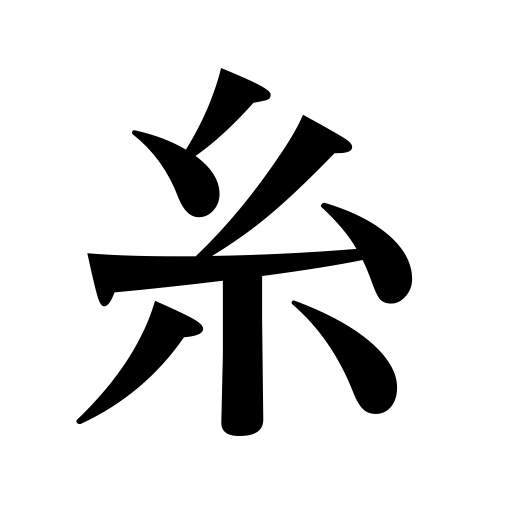
Meanings: string of a violin,thread,one ten-thousandth of a hair,yarn,gut,fish line